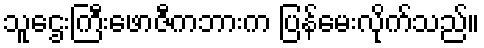
သူဌေးကြီးဖောဇီကဘားက ပြန်မေးလိုက်သည်။